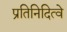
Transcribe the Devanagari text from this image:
प्रतिनिदित्वे